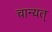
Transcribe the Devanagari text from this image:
चान्यत्